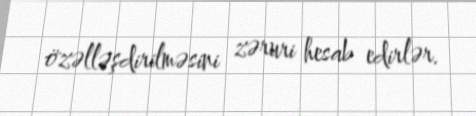
özəlləşdirilməsini zəruri hesab edirlər.